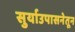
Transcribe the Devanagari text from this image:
सुर्याउपासनेतून